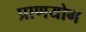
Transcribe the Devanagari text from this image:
प्राणयोग